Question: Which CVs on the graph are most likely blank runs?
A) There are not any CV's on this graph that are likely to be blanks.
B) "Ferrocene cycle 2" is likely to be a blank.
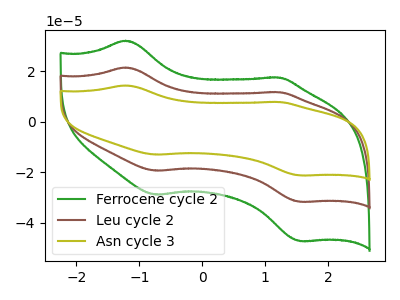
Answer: <think>The green curve "Ferrocene cycle 2" has anodic peaks at (-1.20V, 32.20uA) (1.25V, 17.60uA) and cathodic peaks at (-0.75V, -28.80uA) (1.55V, -47.25uA). The brown curve "Leu cycle 2" has anodic peaks at (-1.20V, 21.60uA) (1.25V, 11.80uA) and cathodic peaks at (-0.75V, -19.30uA) (1.55V, -31.65uA). The olive curve "Asn cycle 3" has anodic peaks at (-1.20V, 43.15uA) (1.25V, 23.60uA) and cathodic peaks at (-0.75V, -38.60uA) (1.55V, -63.30uA).</think>
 <answer>A) There are not any CV's on this graph that are likely to be blanks.</answer>
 <eval>A</eval>